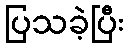
ပြသခဲ့ပြီး